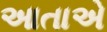
આતાએ